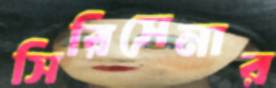
সিরিসেনার